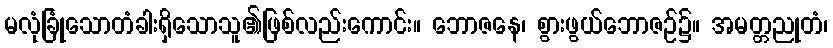
မလုံခြုံသောတံခါးရှိသောသူ၏ဖြစ်လည်းကောင်း။ ဘောဇနေ၊ စွားဖွယ်ဘောဇဉ်၌။ အမတ္တညုတံ၊